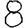
Digit: 8